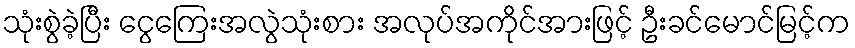
သုံးစွဲခဲ့ပြီး ငွေကြေးအလွဲသုံးစား အလုပ်အကိုင်အားဖြင့် ဦးခင်မောင်မြင့်က